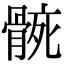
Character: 𮪬